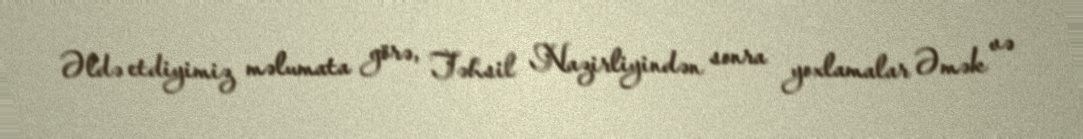
Əldə etdiyimiz məlumata görə, Təhsil Nazirliyindən sonra yoxlamalar Əmək və